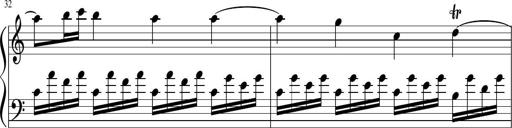
Title: Sonatina di Santa Gemma, JKB 12
Composer: Jason Baruk
Key: F major